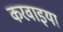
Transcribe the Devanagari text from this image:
करवाइया